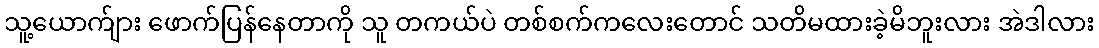
သူ့ယောက်ျား ဖောက်ပြန်နေတာကို သူ တကယ်ပဲ တစ်စက်ကလေးတောင် သတိမထားခဲ့မိဘူးလား အဲဒါလား